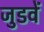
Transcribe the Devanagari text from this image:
जुडवें